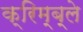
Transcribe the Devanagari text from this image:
क्रिम्ब्ले